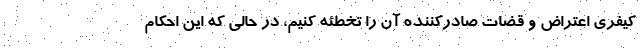
کیفری اعتراض و قضات صادرکننده آن را تخطئه کنیم، در حالی که این احکام